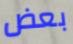
بعض